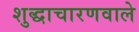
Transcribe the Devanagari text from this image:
शुद्धाचारणवाले